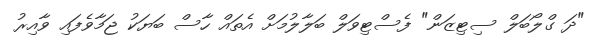
"ދަ ގްލޯބަލް ސިޓިޒަން" ފެސްޓިވަލް ބަލާލުމަށް އެތައް ހާސް ބަޔަކު ޖަމާވެފައި ވާއިރު